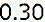
0.30